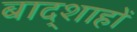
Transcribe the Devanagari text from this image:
बाद्शाहों